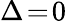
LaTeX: \Delta\! =\! 0